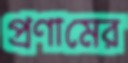
প্রণামের